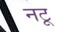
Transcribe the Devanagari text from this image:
नटू